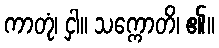
ကာတုံ၊ ငှါ။ သက္ကောတိ၊ ၏။